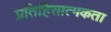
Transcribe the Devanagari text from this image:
प्रतिहिंसात्मकता